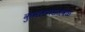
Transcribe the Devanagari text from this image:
कुंभलगडजवळ